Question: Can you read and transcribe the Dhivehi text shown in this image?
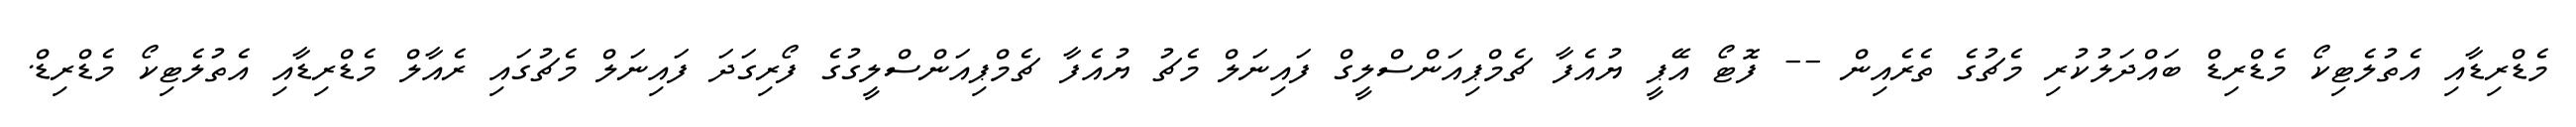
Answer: މެޑްރިޑާއި އެތުލެޓިކޯ މެޑްރިޑް ބައްދަލުކުރި މެޗުގެ ތެރެއިން -- ފޮޓޯ އޭޕީ ޔުއެފާ ޗެމްޕިއަންސްލީގް ފައިނަލް މެޗު ޔުއެފާ ޗެމްޕިއަންސްލީގުގެ ފޯރިގަދަ ފައިނަލް މެޗުގައި ރެއާލް މެޑްރިޑާއި އެތުލެޓިކޯ މެޑްރިޑް.